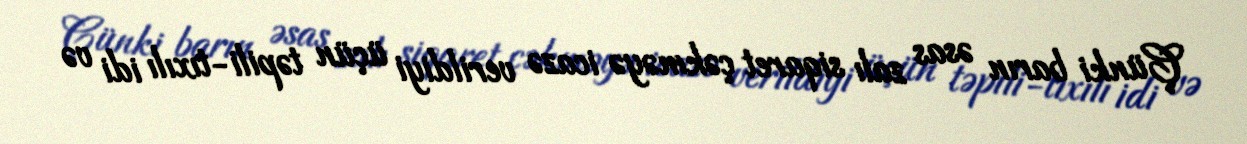
Çünki barın əsas zalı siqaret çəkməyə icazə verildiyi üçün təpili-tıxılı idi və